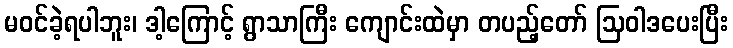
မဝင်ခဲ့ရပါဘူး၊ ဒါ့ကြောင့် ရွာသာကြီး ကျောင်းထဲမှာ တပည့်တော် ဩဝါဒပေးပြီး